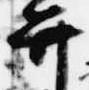
弁